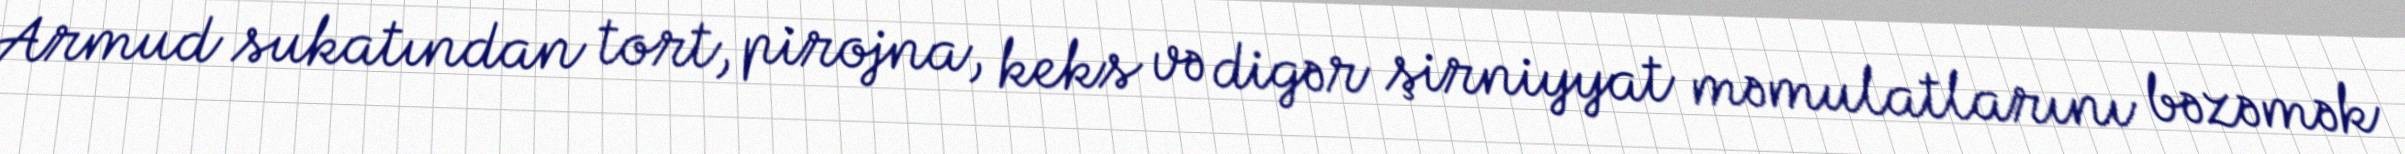
Armud sukatından tort, pirojna, keks və digər şirniyyat məmulatlarını bəzəmək